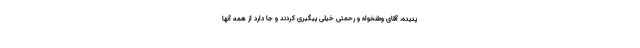
پدیده، آقای وطنخواه و رحمتی خیلی پیگیری کردند و جا دارد از همه آنها